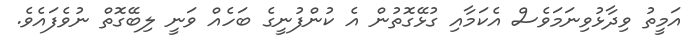
އަމީތު ވިދާޅުވިނަމަވެސް އެކަމާއި ގުޅޭގޮތުން އެ ކުންފުނީގެ ބަހެއް ވަނީ ލިބޭގޮތް ނުވެފައެވެ.